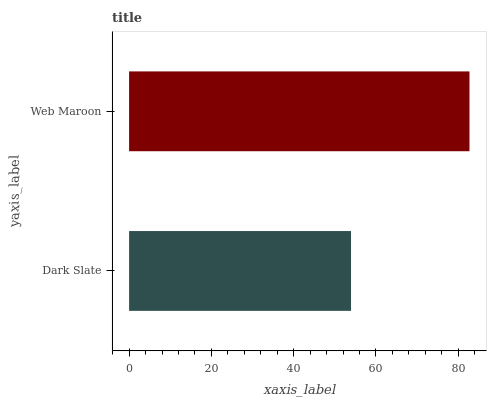
| yaxis_label | bars |
 | --- | --- |
 | Dark Slate | 53.9 |
 | Web Maroon | 82.7 |